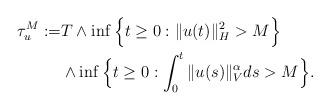
LaTeX: \begin{align*}\tau_{u}^M := & T\wedge \inf\Big\{t\geq 0: \Vert u(t)\Vert_H^2 > M \Big\} \\ & \wedge \inf\Big\{t\geq 0: \int_0^t\Vert u(s)\Vert_{V}^{\alpha}ds > M\Big\} .\end{align*}